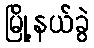
မြို့နယ်ခွဲ